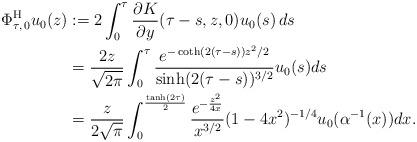
LaTeX: \begin{align*}\Phi^{\mathrm{H}}_{\tau, \, 0}u_0(z)&:=2\int_{0}^\tau \frac{\partial K}{\partial y}(\tau - s, z , 0) u_0(s)\, ds \\&= \frac{2z}{\sqrt{2 \pi}}\int_0^\tau \frac{e^{-\coth(2(\tau-s))z^2/2}}{\sinh(2(\tau-s))^{3/2}} u_0(s) ds\\&= \frac{z}{2 \sqrt{\pi}} \int_0^{\frac{\tanh(2\tau)}{2}} \frac{e^{-\frac{z^2}{4x}}}{x^{3/2}} (1-4x^2)^{-1/4} u_0(\alpha^{-1}(x)) dx.\end{align*}